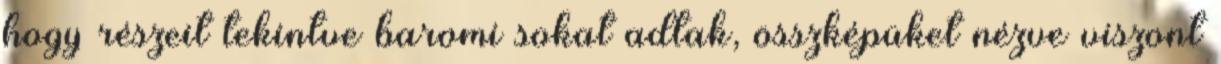
hogy részeit tekintve baromi sokat adtak, összképüket nézve viszont